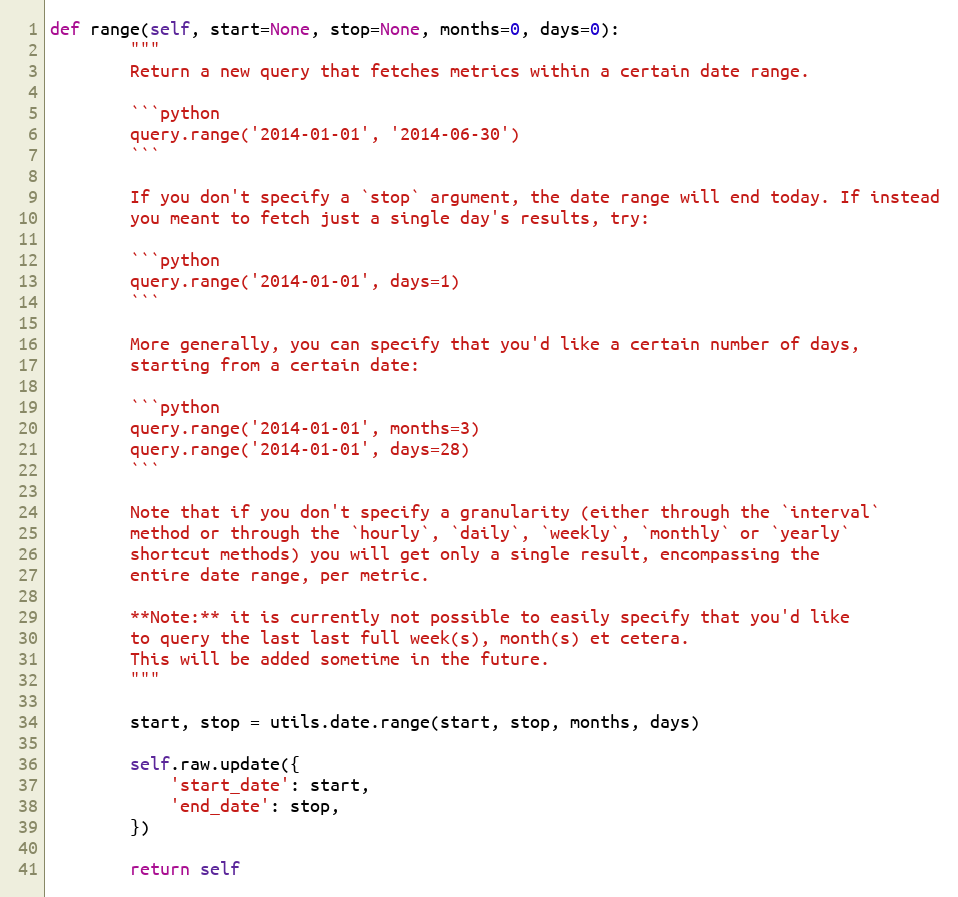
Language: Python
def range(self, start=None, stop=None, months=0, days=0):
        """
        Return a new query that fetches metrics within a certain date range.

        ```python
        query.range('2014-01-01', '2014-06-30')
        ```

        If you don't specify a `stop` argument, the date range will end today. If instead
        you meant to fetch just a single day's results, try:

        ```python
        query.range('2014-01-01', days=1)
        ```

        More generally, you can specify that you'd like a certain number of days,
        starting from a certain date:

        ```python
        query.range('2014-01-01', months=3)
        query.range('2014-01-01', days=28)
        ```

        Note that if you don't specify a granularity (either through the `interval`
        method or through the `hourly`, `daily`, `weekly`, `monthly` or `yearly`
        shortcut methods) you will get only a single result, encompassing the
        entire date range, per metric.

        **Note:** it is currently not possible to easily specify that you'd like
        to query the last last full week(s), month(s) et cetera.
        This will be added sometime in the future.
        """

        start, stop = utils.date.range(start, stop, months, days)

        self.raw.update({
            'start_date': start,
            'end_date': stop,
        })

        return self